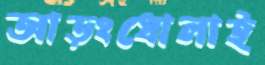
আড়ংধোলাই